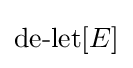
\operatorname {de-let} [E]